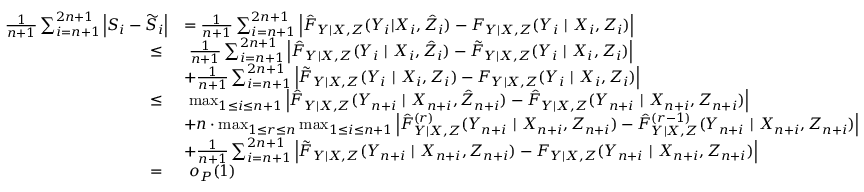
\begin{array} { r l } { \frac { 1 } { n + 1 } \sum _ { i = n + 1 } ^ { 2 n + 1 } \left| S _ { i } - \widetilde { S } _ { i } \right| } & { = \frac { 1 } { n + 1 } \sum _ { i = n + 1 } ^ { 2 n + 1 } \left| \hat { F } _ { Y | X , Z } ( Y _ { i } | X _ { i } , \hat { Z } _ { i } ) - F _ { Y | X , Z } ( Y _ { i } \ | \ X _ { i } , Z _ { i } ) \right| } \\ { \leq \ } & { \ \frac { 1 } { n + 1 } \sum _ { i = n + 1 } ^ { 2 n + 1 } \left| \hat { F } _ { Y | X , Z } ( Y _ { i } \ | \ X _ { i } , \hat { Z } _ { i } ) - \tilde { F } _ { Y | X , Z } ( Y _ { i } \ | \ X _ { i } , Z _ { i } ) \right| } \\ & { + \frac { 1 } { n + 1 } \sum _ { i = n + 1 } ^ { 2 n + 1 } \left| \tilde { F } _ { Y | X , Z } ( Y _ { i } \ | \ X _ { i } , Z _ { i } ) - F _ { Y | X , Z } ( Y _ { i } \ | \ X _ { i } , Z _ { i } ) \right| } \\ { \leq \ } & { \ \operatorname* { m a x } _ { 1 \leq i \leq n + 1 } \left| \hat { F } _ { Y | X , Z } ( Y _ { n + i } \ | \ X _ { n + i } , \hat { Z } _ { n + i } ) - \hat { F } _ { Y | X , Z } ( Y _ { n + i } \ | \ X _ { n + i } , Z _ { n + i } ) \right| } \\ & { + n \cdot \operatorname* { m a x } _ { 1 \leq r \leq n } \operatorname* { m a x } _ { 1 \leq i \leq n + 1 } \left| \hat { F } _ { Y | X , Z } ^ { ( r ) } ( Y _ { n + i } \ | \ X _ { n + i } , Z _ { n + i } ) - \hat { F } _ { Y | X , Z } ^ { ( r - 1 ) } ( Y _ { n + i } \ | \ X _ { n + i } , Z _ { n + i } ) \right| } \\ & { + \frac { 1 } { n + 1 } \sum _ { i = n + 1 } ^ { 2 n + 1 } \left| \tilde { F } _ { Y | X , Z } ( Y _ { n + i } \ | \ X _ { n + i } , Z _ { n + i } ) - F _ { Y | X , Z } ( Y _ { n + i } \ | \ X _ { n + i } , Z _ { n + i } ) \right| } \\ { = \ } & { \ o _ { P } ( 1 ) } \end{array}